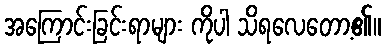
အကြောင်းခြင်းရာများ ကိုပါ သိရလေတော့၏။